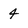
Character: 4